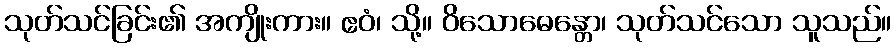
သုတ်သင်ခြင်း၏ အကျိုးကား။ ဧဝံ၊ သို့။ ဝိသောဓေန္တော၊ သုတ်သင်သော သူသည်။